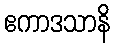
ဧကာဒသာနိ